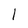
Character: 1